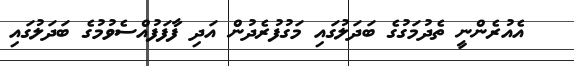
އެއުރެންނީ ތެދުމަގުގެ ބަދަލުގައި މަގުފުރެދުން އަދި ފާފަފުއްސެވުމުގެ ބަދަލުގައި